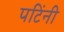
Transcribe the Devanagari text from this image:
पटिंनी